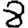
Digit: 8